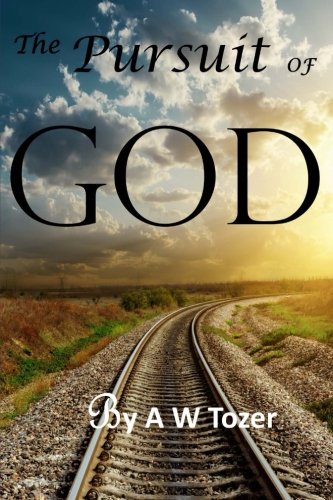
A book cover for The Pursuit of God; A. W. Tozer; Christian Books & Bibles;